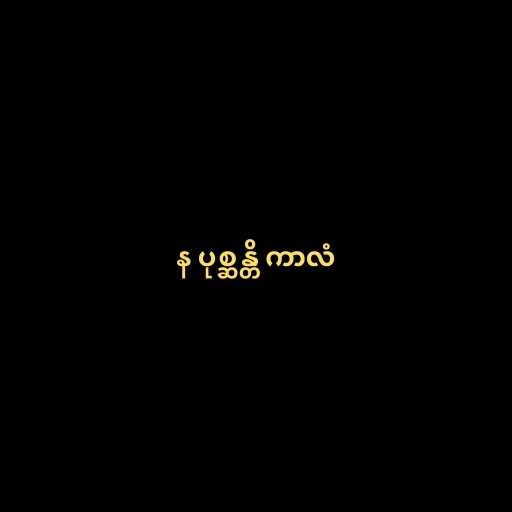
န ပုစ္ဆန္တိ ကာလံ